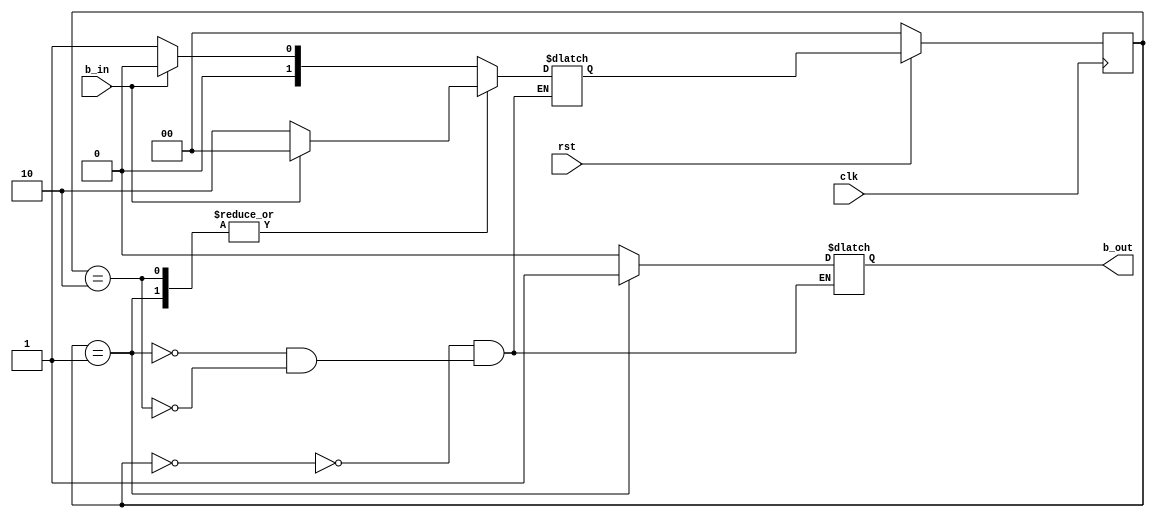
//course:ECE 6370
//Homework:5
//Design and simulation of Button Shaper
//Button push generates a long low pulse. Button shaper converts that long low pulse into single clock cycle high pulse
//Implemented in two procedure finite state machine verilog coding style

module button_shaper(clk,rst,b_in,b_out);

  input clk,rst,b_in;
  output b_out;
  reg b_out;

  parameter init=0,pulse=1,wait_delay=2;

  reg [1:0] state, next_state;

  always@(state,b_in) begin
   
     case (state)
      
        init: begin
      
            b_out<=0;
           
              if(b_in==1)
    
                next_state<=init;
       
              else
                
                next_state<=pulse;
     
              end
     
        pulse: begin
  
            b_out<=1;
    		if(b_in==0)
                next_state<=wait_delay;
		else
			next_state<=init;
	              end
 
        wait_delay: begin

            b_out<=0;
 
              if(b_in==0)
  
                next_state<=wait_delay;
 
              else
 
                next_state<=init;

                   end

     endcase

  end

  always@(posedge clk) begin

       if(rst==0)
 
            state<=init;

       else

            state<=next_state;

  end

endmodule